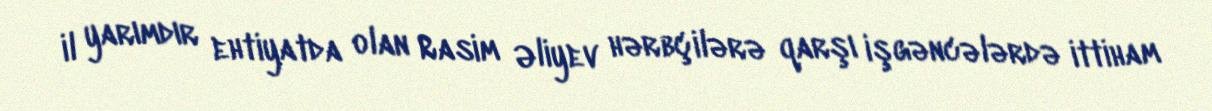
il yarımdır ehtiyatda olan Rasim Əliyev hərbçilərə qarşı işgəncələrdə ittiham